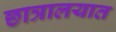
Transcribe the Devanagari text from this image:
छात्रालयात